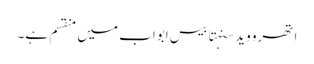
اتھرو وید سنہتا بیس ابواب میں منقسم ہے۔